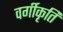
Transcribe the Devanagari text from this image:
वर्गीकृति